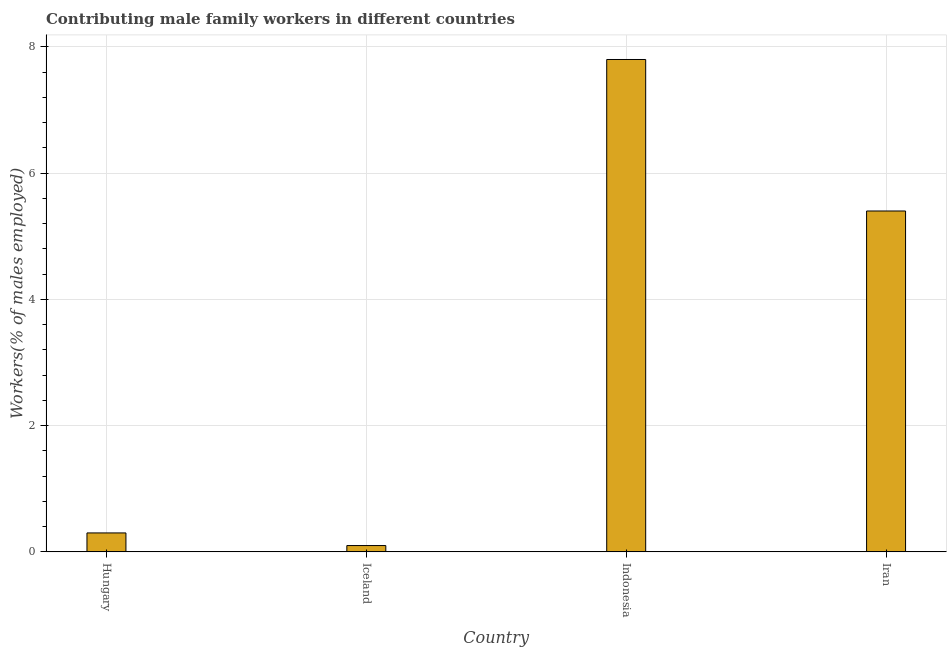
| Country | Contributing family workers |
 | --- | --- |
 | Hungary | 0.3 |
 | Iceland | 0.1 |
 | Indonesia | 7.8 |
 | Iran | 5.4 |